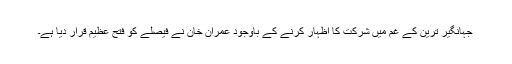
جہانگیر ترین کے غم میں شرکت کا اظہار کرنے کے باوجود عمران خان نے فیصلے کو فتح عظیم قرار دیا ہے۔